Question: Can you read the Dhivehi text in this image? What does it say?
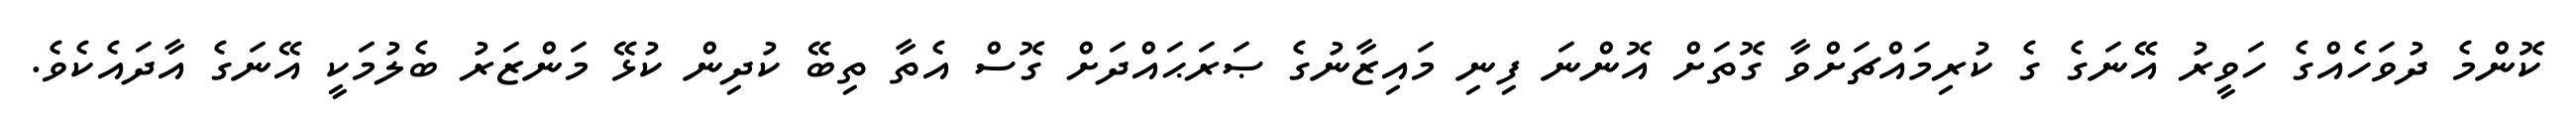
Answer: ކޮންމެ ދުވަހެއްގެ ހަވީރު އޭނަގެ ގެ ކުރިމައްޗަށްވާ ގޮތަށް އޮންނަ ފިނި މައިޒާނުގެ ޞަރަޙައްދަށް ގޮސް އެތާ ތިބޭ ކުދިން ކުޅޭ މަންޒަރު ބެލުމަކީ އޭނަގެ އާދައެކެވެ.